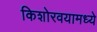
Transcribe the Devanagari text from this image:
किशोरवयामध्ये